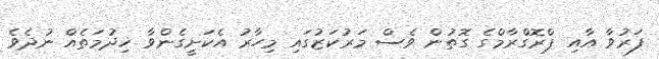
ފަރުވާ އާއި ޕްރޮގްރާމްގެ ގޮތުން ވެސް މަރުކަޒުގައި މިހާރު އެކަށީގެންވާ ޚިދުމަތެއް ނުދެވެ